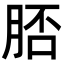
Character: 脴